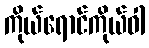
ကိုယ်ရောင်ကိုယ်ဝါ